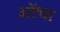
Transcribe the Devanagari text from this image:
ओंधा